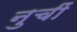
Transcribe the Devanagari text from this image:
नुचीं